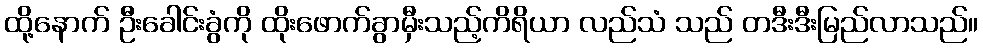
ထို့နောက် ဦးခေါင်းခွံကို ထိုးဖောက်ခွာမှီးသည့်ကိရိယာ လည်သံ သည် တဒီးဒီးမြည်လာသည်။